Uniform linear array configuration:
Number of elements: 64
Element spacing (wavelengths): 1
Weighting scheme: kaiser
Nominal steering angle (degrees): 60
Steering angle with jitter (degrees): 58.879
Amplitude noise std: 0.05
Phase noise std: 0.05

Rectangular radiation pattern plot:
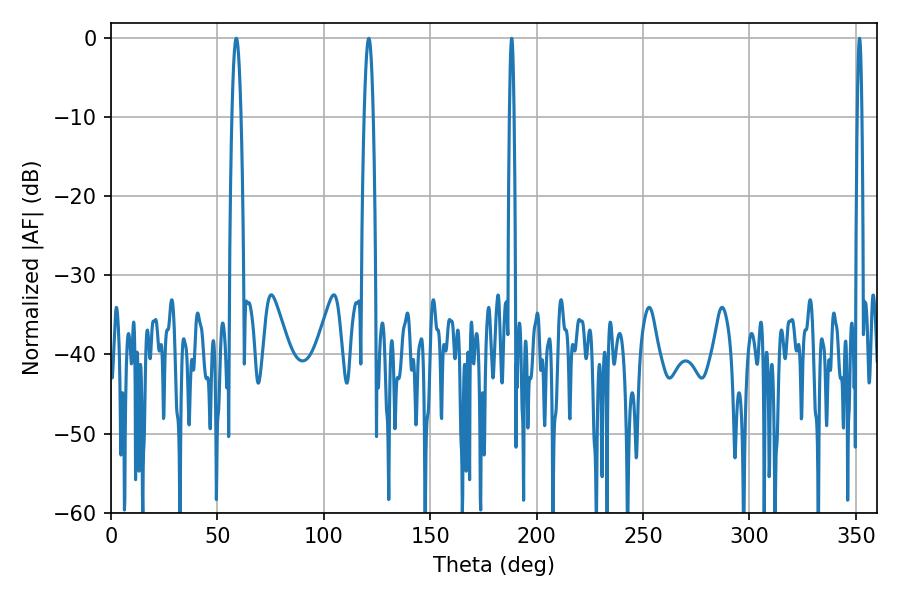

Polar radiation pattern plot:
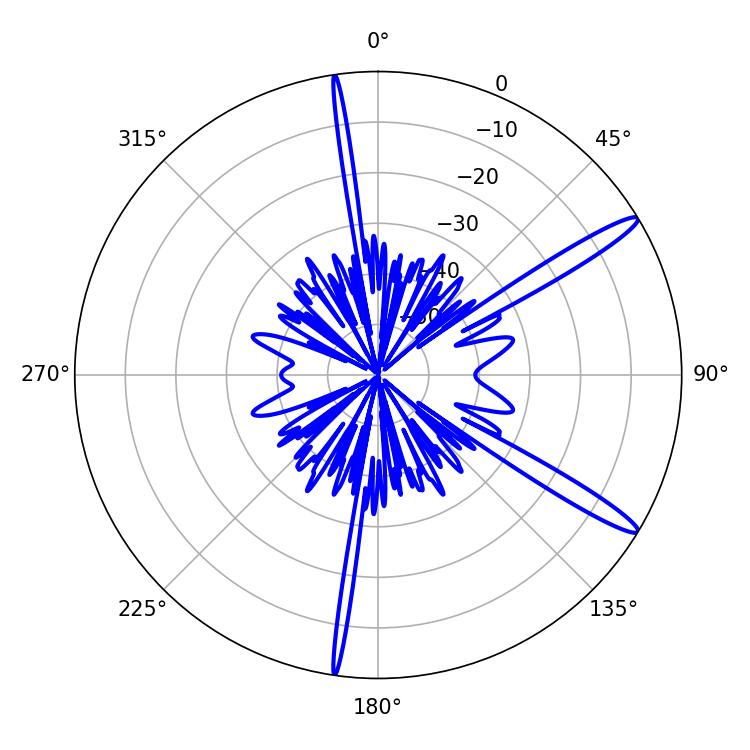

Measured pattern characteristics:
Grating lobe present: TRUE
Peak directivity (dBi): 14.549
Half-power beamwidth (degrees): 1.08
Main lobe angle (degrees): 351.72